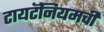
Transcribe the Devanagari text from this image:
टायटॅनियमची